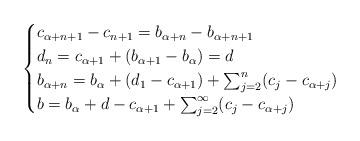
LaTeX: \begin{align*}\begin{cases}c_{\alpha + n +1} - c_{n+1} = b_{\alpha + n} - b_{\alpha + n +1} \\d_n = c_{\alpha + 1} + (b_{\alpha + 1} - b_\alpha) = d \\b_{\alpha + n} = b_\alpha + (d_1 - c_{\alpha+1}) + \sum_{j=2}^n (c_j - c_{\alpha + j}) \\b = b_\alpha + d - c_{\alpha + 1} + \sum_{j=2}^\infty (c_j - c_{\alpha+j})\end{cases} \end{align*}